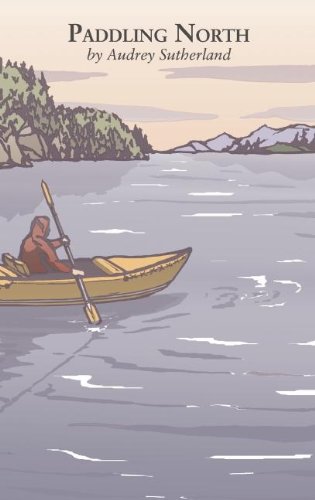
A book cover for Paddling North; Audrey Sutherland; Sports & Outdoors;